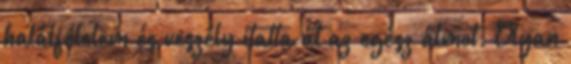
halálfélelem és veszély itatta át az egész álmot. Olyan